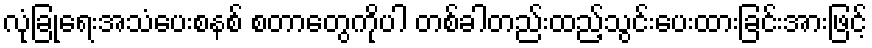
လုံခြုံရေးအသံပေးစနစ် စတာတွေကိုပါ တစ်ခါတည်းထည့်သွင်းပေးထားခြင်းအားဖြင့်